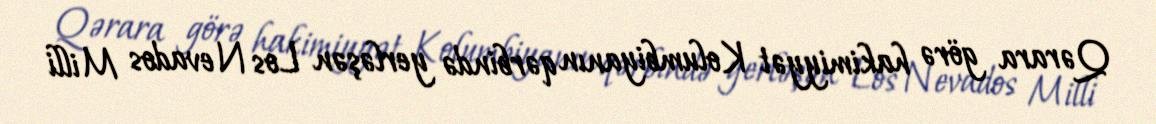
Qərara görə hakimiyyət Kolumbiyanın qərbində yerləşən Los Nevados Milli